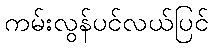
ကမ်းလွန်ပင်လယ်ပြင်